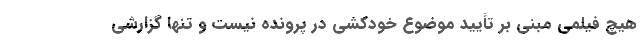
هیچ فیلمی مبنی بر تأیید موضوع خودکشی در پرونده نیست و تنها گزارشی